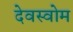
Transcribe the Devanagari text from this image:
देवस्‍वोम